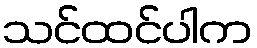
သင်ထင်ပါက